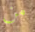
من